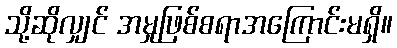
သို့ဆိုလျှင် အမှုဖြစ်စရာအကြောင်းမရှိ။